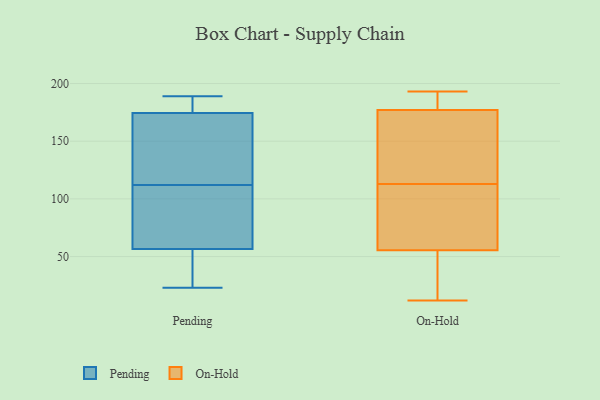
{"axis": {"x": "Shipments", "y": "Value"}, "legend": ["On-Hold", "Pending"], "data": [{"x": "", "y": 90, "type": "Pending"}, {"x": "", "y": 135, "type": "Pending"}, {"x": "", "y": 134, "type": "Pending"}, {"x": "", "y": 45, "type": "Pending"}, {"x": "", "y": 56, "type": "Pending"}, {"x": "", "y": 172, "type": "Pending"}, {"x": "", "y": 189, "type": "Pending"}, {"x": "", "y": 57, "type": "Pending"}, {"x": "", "y": 187, "type": "Pending"}, {"x": "", "y": 60, "type": "Pending"}, {"x": "", "y": 177, "type": "Pending"}, {"x": "", "y": 23, "type": "Pending"}, {"x": "", "y": 127, "type": "On-Hold"}, {"x": "", "y": 188, "type": "On-Hold"}, {"x": "", "y": 193, "type": "On-Hold"}, {"x": "", "y": 179, "type": "On-Hold"}, {"x": "", "y": 106, "type": "On-Hold"}, {"x": "", "y": 113, "type": "On-Hold"}, {"x": "", "y": 49, "type": "On-Hold"}, {"x": "", "y": 12, "type": "On-Hold"}, {"x": "", "y": 92, "type": "On-Hold"}, {"x": "", "y": 47, "type": "On-Hold"}, {"x": "", "y": 36, "type": "On-Hold"}, {"x": "", "y": 158, "type": "On-Hold"}, {"x": "", "y": 181, "type": "On-Hold"}, {"x": "", "y": 171, "type": "On-Hold"}, {"x": "", "y": 75, "type": "On-Hold"}]}